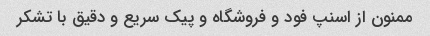
ممنون از اسنپ فود و فروشگاه و پیک سریع و دقیق با تشکر